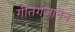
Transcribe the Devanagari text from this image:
गीतगजानन